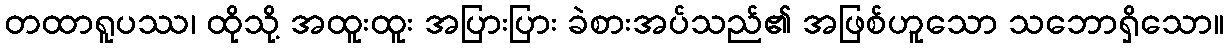
တထာရူပဿ၊ ထိုသို့ အထူးထူး အပြားပြား ခဲစားအပ်သည်၏ အဖြစ်ဟူသော သဘောရှိသော။